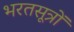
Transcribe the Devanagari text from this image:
भरतसूत्रों